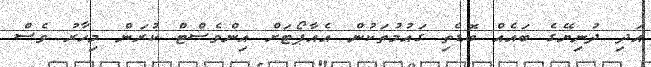
އަދި ދުނިޔޭގެ ބައެއް ބޮޑެތި ގައުމުތަކުން އެއާޕޯޓަށް އިންވެސްޓް ކުރަން މިހާރު ވެސް